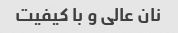
نان عالی و با کیفیت